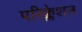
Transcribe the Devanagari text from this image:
परिक्लेशन